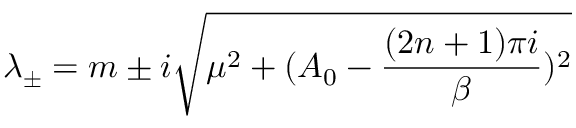
\lambda _ { \pm } = m \pm i \sqrt { \mu ^ { 2 } + ( A _ { 0 } - \frac { ( 2 n + 1 ) \pi i } { \beta } ) ^ { 2 } }